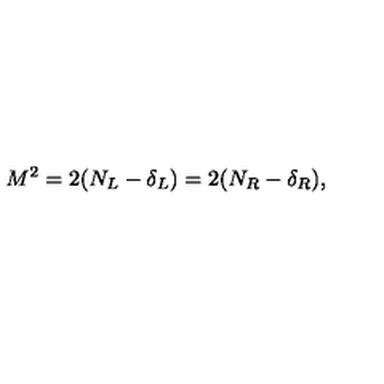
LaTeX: M ^ { 2 } = 2 ( N _ { L } - \delta _ { L } ) = 2 ( N _ { R } - \delta _ { R } ) ,